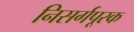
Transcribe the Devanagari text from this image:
निसर्गपूरक